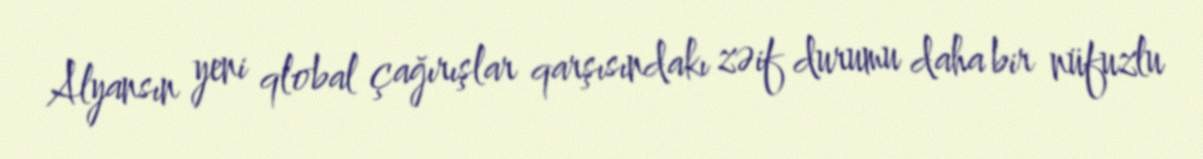
Alyansın yeni qlobal çağırışlar qarşısındakı zəif durumu daha bir nüfuzlu